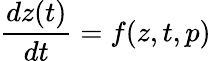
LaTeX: \frac{dz(t)}{dt}=f(z,t,p)